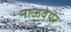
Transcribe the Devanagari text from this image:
नाऊवेयर